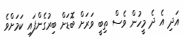
އަދި އެ ދެ މީހުން ވެސް ތިބީ ވަރަށް ބޮޑަށް ބިރުގެންފައި ކަމަށްވެ